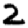
Digit: 2